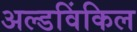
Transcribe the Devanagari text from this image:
अल्डविंकिल